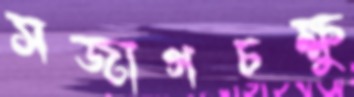
সজাগচক্ষু